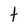
Character: t